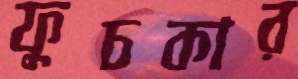
ফুচকার